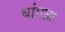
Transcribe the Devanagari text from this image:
धांगध्रा